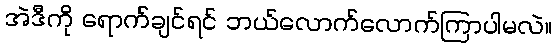
အဲဒီကို ရောက်ချင်ရင် ဘယ်လောက်လောက်ကြာပါမလဲ။